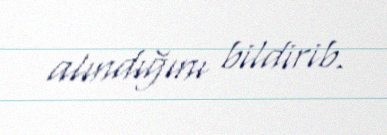
alındığını bildirib.